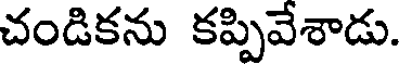
చండికను కప్పివేశాడు.